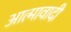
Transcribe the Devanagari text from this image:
आत्मावादी